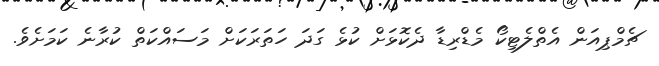
ޗެމްޕިއަން އެތްލެޓިކޯ މެޑްރިޑާ ދެކޮޅަށް ކުޅެ ގަދަ ހަތަރަކަށް މަސައްކަތް ކުރާނެ ކަމަށެވެ.